Report of an investigation into the causes of malaria in Bombay and the measures necessary for its control
Disease focus: Malaria
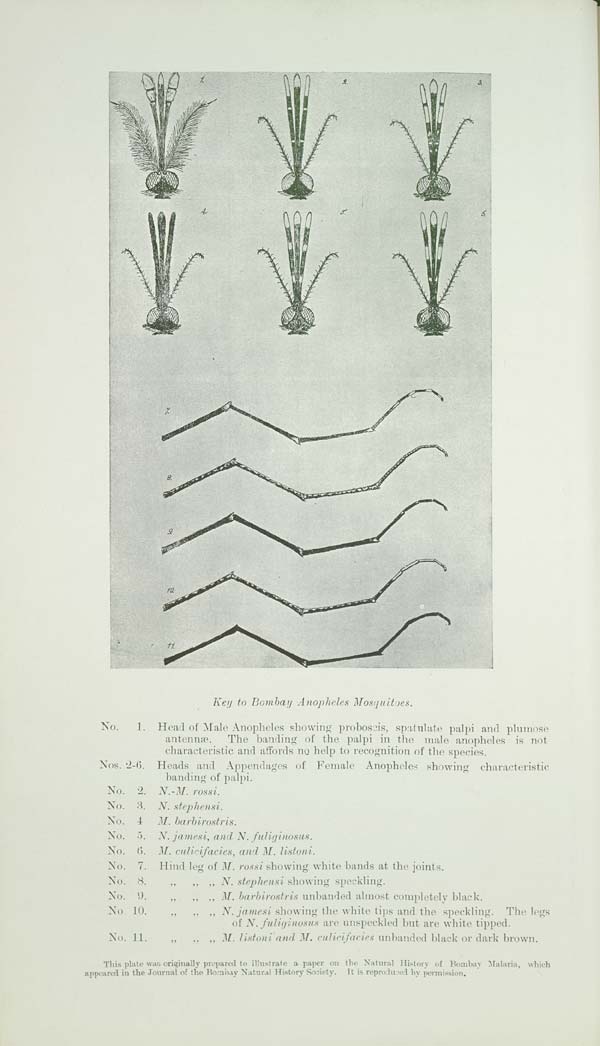
Key to Bombay Anopheles Mosquitoes.
No.
1. Head of Male Anopheles showing proboscis, spatulate palpi and plumose
antennæ. The banding of the palpi in the male anopheles is not
characteristic and affords no help to recognition of the species.
Nos. 2-6. Heads and Appendages of Female Anopheles showing characteristic
banding of palpi.
No. 2. N.-M. rossi.
No. 3. N. stephensi.
No. 4 M. barbirostris.
No. 5. N. jamesi, and N. fuliginosus.
No. 6. M. culicifacies, and M. listoni.
No. 7. Hind leg of M. rossi showing white bands at the joints.
No. 8. " " " N. stephensi showing speckling.
No. 9. " " " M. barbirostris unbanded almost completely black.
No. 10. " " " N. jamesi showing the white tips and the speckling. The legs
of N. fuliginosus are unspeckled but are white tipped.
No. 11. " " " M. listoni and M. culicifacies unbanded black or dark brown.
This plate was originally prepared to illustrate a paper on the Natural History of Bombay Malaria, which
appeared in the Journal of the Bombay Natural History Society. It is reproduced by permission.